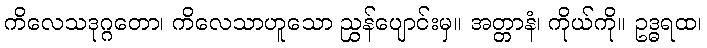
ကိလေသဒုဂ္ဂတော၊ ကိလေသာဟူသော ညွှန်ပျောင်းမှ။ အတ္တာနံ၊ ကိုယ်ကို။ ဥဒ္ဓရထ၊